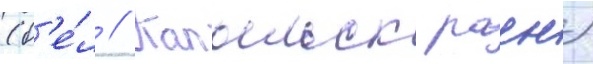
(б'е́л // Капыльск раен)